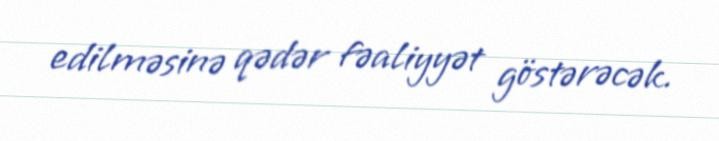
edilməsinə qədər fəaliyyət göstərəcək.